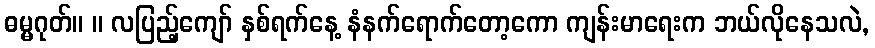
ဓမ္မဂုတ်။ ။ လပြည့်ကျော် နှစ်ရက်နေ့ နံနက်ရောက်တော့ကော ကျန်းမာရေးက ဘယ်လိုနေသလဲ,